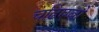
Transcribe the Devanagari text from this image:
चढिएबो